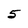
Character: 5